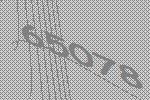
65078